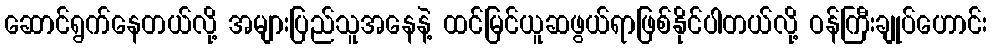
ဆောင်ရွက်နေတယ်လို့ အများပြည်သူအနေနဲ့ ထင်မြင်ယူဆဖွယ်ရာဖြစ်နိုင်ပါတယ်လို့ ဝန်ကြီးချုပ်ဟောင်း